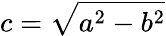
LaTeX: c=\sqrt{a^{2}-b^{2}}